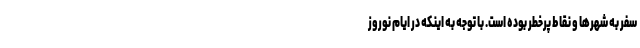
سفر به شهرها و نقاط پرخطر بوده است. با توجه به اینکه در ایام نوروز